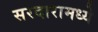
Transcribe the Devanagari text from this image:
सरदारामध्ये